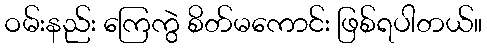
ဝမ်းနည်း ကြေကွဲ စိတ်မကောင်း ဖြစ်ရပါတယ်။